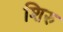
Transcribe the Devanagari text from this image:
शिरु